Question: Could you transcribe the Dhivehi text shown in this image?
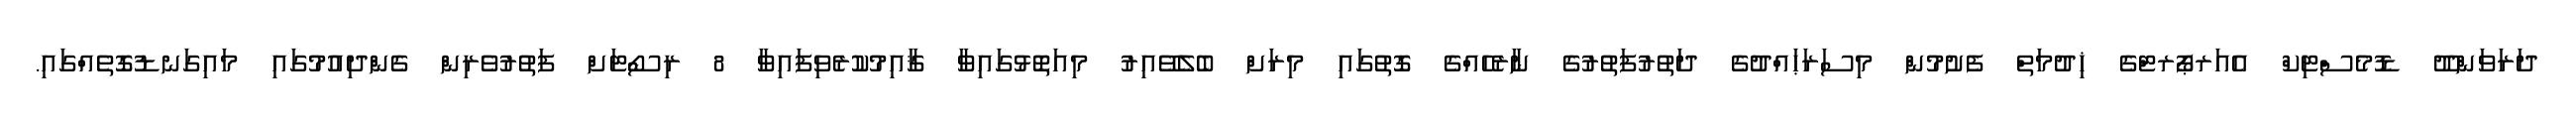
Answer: ދަރަވަންދޫ ޑޮމެސްޓިކް އެއަރޕޯރޓްގެ ޚިދުމަތް ފެށުމުން މިސަރަޙައްދުގެ ދަތުރުފަތުރުގެ ނާރެހެއްގެ ގޮތުގައި މިރަށް ބެލެވޭއިރު މިއަތޮޅުގައިވާ ޤާއިމުކުރެވިފައިވާ 8 ރިސޯޓަށް ފަތުރުވެރިން ގެންދިއުމުގައި މައިގަނޑުގޮތެއްގައި.